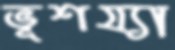
ভূশয্যা